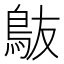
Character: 𬷀